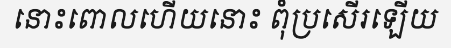
នោះពោលហើយនោះ ពុំប្រសើរឡើយ